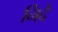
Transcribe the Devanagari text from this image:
निदे